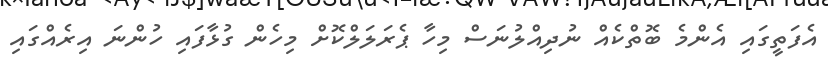
އެފަތީގައި އެންމެ ބޮތްކެއް ނުދިއްލުނަސް މިހާ ޕެރަލަލްކޮށް މިހެން ގުޅާފައި ހުންނަ އިރެއްގައި